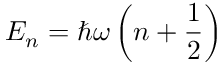
E _ { n } = \hbar \omega \left( n + \frac { 1 } { 2 } \right)